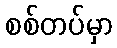
စစ်တပ်မှာ